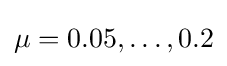
\mu =0.05,\dotsc ,0.2